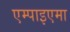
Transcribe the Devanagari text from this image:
एम्पाइएमा